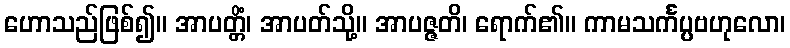
ဟောသည်ဖြစ်၍။ အာပတ္တိံ၊ အာပတ်သို့။ အာပဇ္ဇတိ၊ ရောက်၏။ ကာမသင်္ကပ္ပဗဟုလော၊